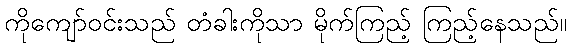
ကိုကျော်ဝင်းသည် တံခါးကိုသာ မိုက်ကြည့် ကြည့်နေသည်။